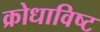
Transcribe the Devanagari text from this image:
क्रोधाविष्ट